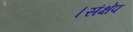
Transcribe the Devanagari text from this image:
।संक्षेप